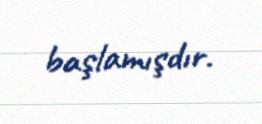
başlamışdır.